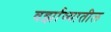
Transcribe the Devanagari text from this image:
वर्झाव्यातील